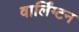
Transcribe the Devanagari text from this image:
वार्लिंग्टन